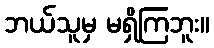
ဘယ်သူမှ မရှိကြဘူး။